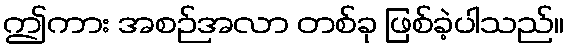
ဤကား အစဉ်အလာ တစ်ခု ဖြစ်ခဲ့ပါသည်။